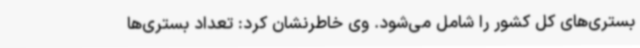
بستری‌های کل کشور را شامل می‌شود. وی خاطرنشان کرد: تعداد بستری‌ها